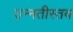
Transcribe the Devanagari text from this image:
उन्नतीस्तव